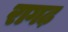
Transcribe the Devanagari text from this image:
रागढ़